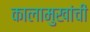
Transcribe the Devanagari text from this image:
कालामुखांची